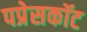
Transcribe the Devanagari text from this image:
पप्रेसकॉट